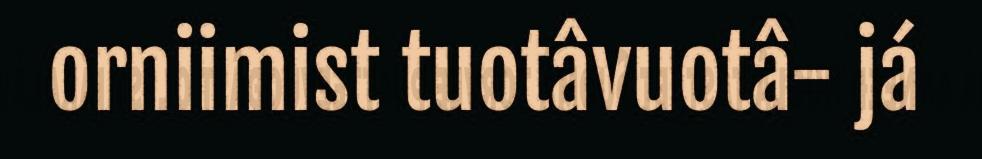
orniimist tuotâvuotâ- já